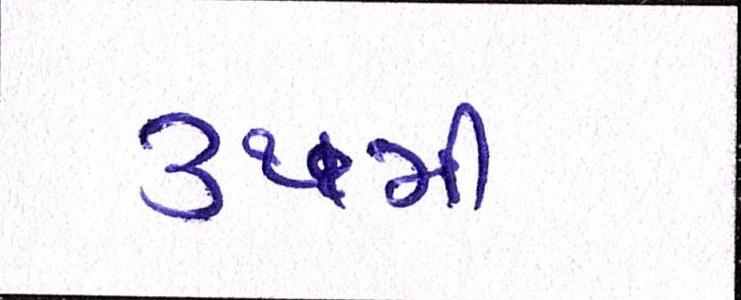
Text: ૩૧મી